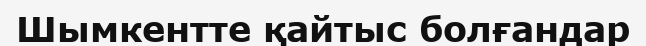
Шымкентте қайтыс болғандар